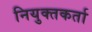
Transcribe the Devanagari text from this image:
नियुक्तकर्ता